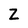
Character: Z